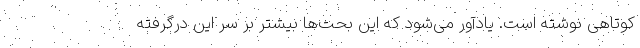
کوتاهی نوشته است. یادآور می‌شود که این بحث‌ها بیشتر بر سر این درگرفته